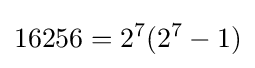
16256=2^{7}(2^{7}-1)